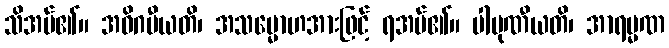
သိအပ်၏။ အဓိဂမီယတိ၊ အသမ္မောဟအားဖြင့် ရအပ်၏။ ပါပုဏီယတိ၊ အာရမ္မဏ